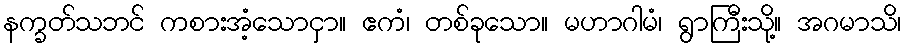
နက္ခတ်သဘင် ကစားအံ့သောငှာ။ ဧကံ၊ တစ်ခုသော။ မဟာဂါမံ၊ ရွာကြီးသို့။ အဂမာသိ၊